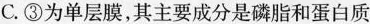
C.③为单层膜，其主要成分是磷脂和蛋白质